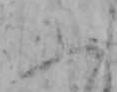
ふ